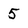
Character: 5